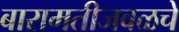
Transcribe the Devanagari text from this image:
बारामतीजवळचे